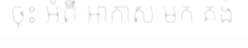
ចុះ អំពី អាកាស មក គង់